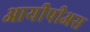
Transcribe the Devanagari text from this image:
आयीपीअस